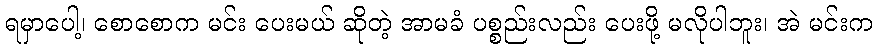
ရမှာပေါ့၊ စောစောက မင်း ပေးမယ် ဆိုတဲ့ အာမခံ ပစ္စည်းလည်း ပေးဖို့ မလိုပါဘူး၊ အဲ မင်းက